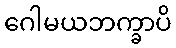
ဂေါမယဘက္ခာပိ